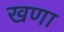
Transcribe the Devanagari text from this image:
खणा